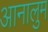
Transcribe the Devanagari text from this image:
आनालुम